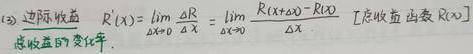
(3) 边际收益 $R'(x)=\lim\limits_{\Delta x \to 0}\frac{\Delta R}{\Delta x}=\lim\limits_{\Delta x \to 0}\frac{R(x+\Delta x)-R(x)}{\Delta x}$ [总收益 函数 $R(x)$ 总收益的变化率].